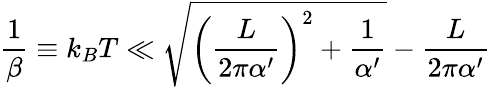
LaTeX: \frac{1}{\beta}\equiv k_{B}T\ll\sqrt{\left(\frac{L}{2\pi\alpha^{\prime}}\right)^{2}+\frac{1}{\alpha^{\prime}}}-\frac{L}{2\pi\alpha^{\prime}}